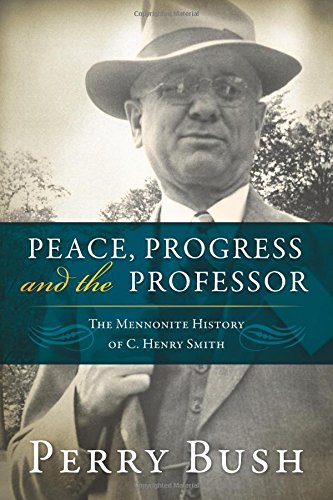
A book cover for Peace, Progress and the Professor: The Mennonite History of C. Henry Smith (Studies in Anabaptist and Mennonite History Vol. 49); Perry Bush; Christian Books & Bibles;